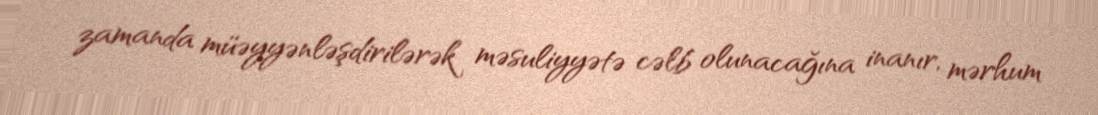
zamanda müəyyənləşdirilərək məsuliyyətə cəlb olunacağına inanır, mərhum